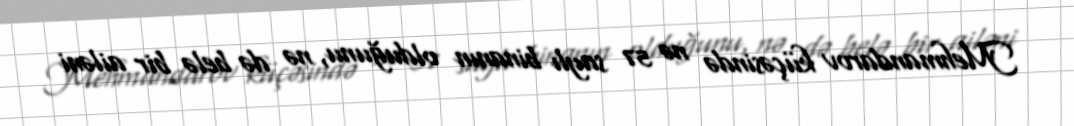
Mehmandarov küçəsində nə 57 saylı binanın olduğunu, nə də belə bir ailəni